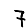
Digit: 7